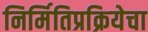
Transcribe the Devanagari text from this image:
निर्मितिप्रक्रियेचा